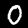
Digit: 0